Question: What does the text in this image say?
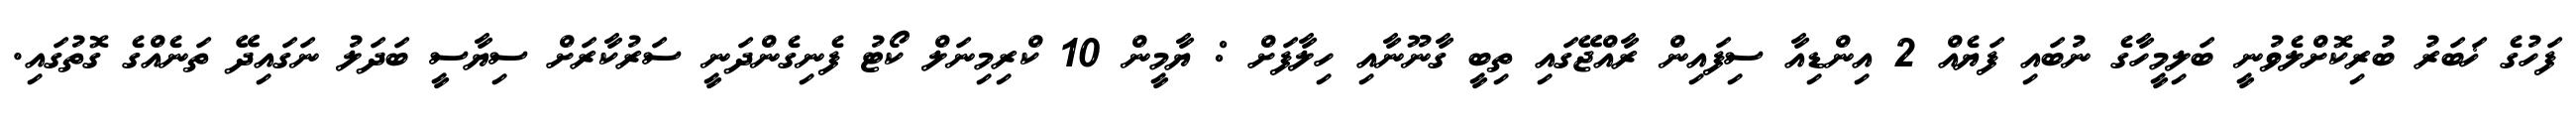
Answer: ފަހުގެ ޚަބަރު ބުރިކޮށްލެވުނީ ބަލިމީހާގެ ނުބައި ފަޔެއް 2 އިންޑިއާ ސިފައިން ރާއްޖޭގައި ތިބީ ގާނޫނާއި ހިލާފަށް : ޔާމީން 10 ކްރިމިނަލް ކޯޓު ފެނިގެންދަނީ ސަރުކާރަށް ސިޔާސީ ބަދަލު ނަގައިދޭ ތަނެއްގެ ގޮތުގައި.